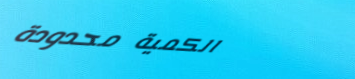
الكمية محدودة